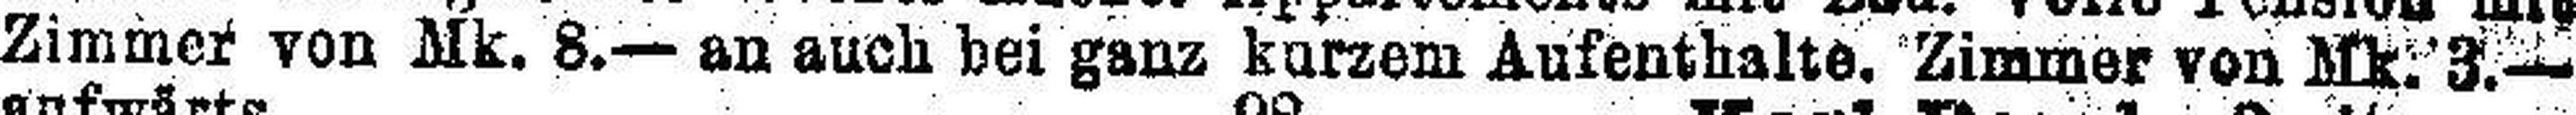
Zimmer von Mk. 8.— an auch bei ganz kurzem Aufenthalte. Zimmer von Mk. 3.—